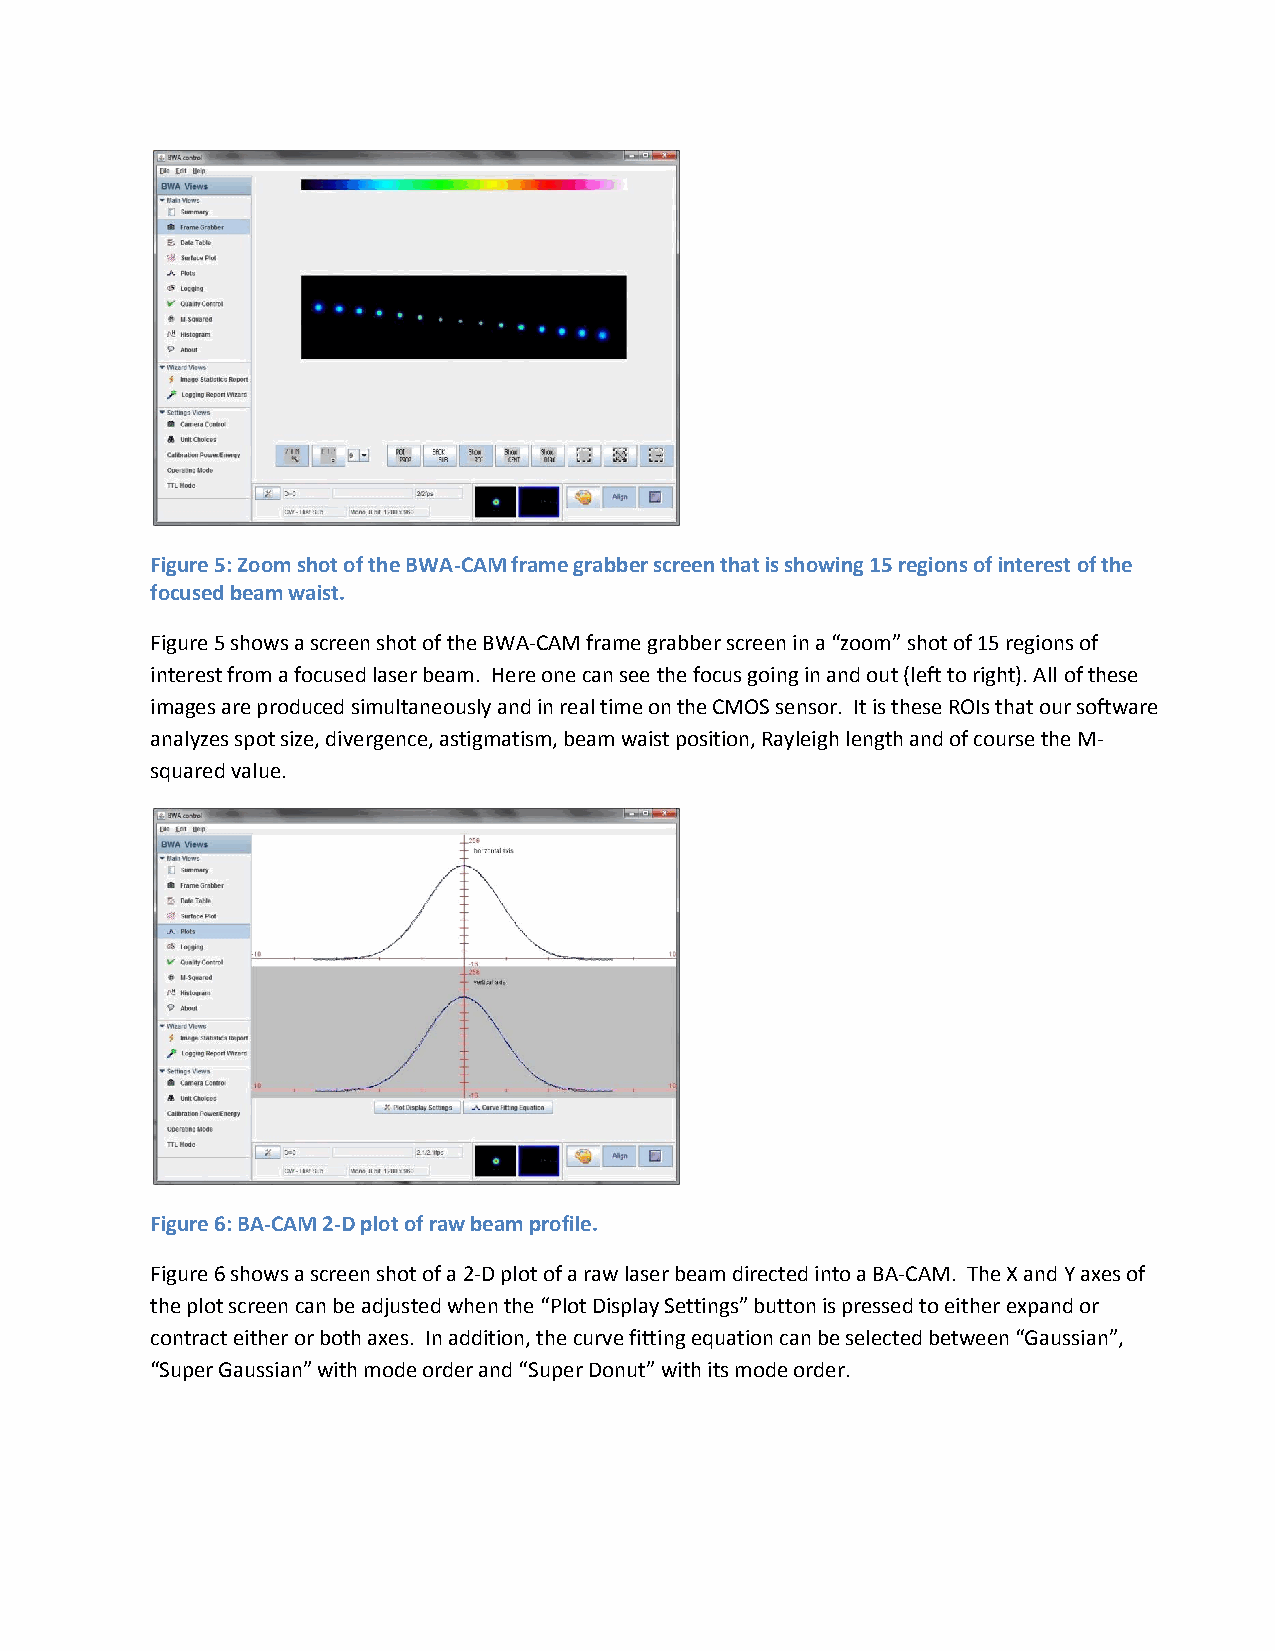
Figure 5: Zoom shot of the BWA-CAM frame grabber screen that is showing 15 regions of interest of the
 focused beam waist.
 Figure 5 shows a screen shot of the BWA-CAM frame grabber screen in a “zoom” shot of 15 regions of
 interest from a focused laser beam. Here one can see the focus going in and out (left to right). All of these
 images are produced simultaneously and in real time on the CMOS sensor. It is these ROIs that our software
 analyzes spot size, divergence, astigmatism, beam waist position, Rayleigh length and of course the M-
 squared value.
 Figure 6: BA-CAM 2-D plot of raw beam profile.
 Figure 6 shows a screen shot of a 2-D plot of a raw laser beam directed into a BA-CAM. The X and Y axes of
 the plot screen can be adjusted when the “Plot Display Settings” button is pressed to either expand or
 contract either or both axes. In addition, the curve fitting equation can be selected between “Gaussian”,
 “Super Gaussian” with mode order and “Super Donut” with its mode order.